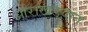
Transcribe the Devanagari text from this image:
आराखडय़ात